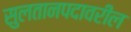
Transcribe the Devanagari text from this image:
सुलतानपदावरील